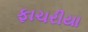
ફાચરીયા